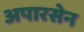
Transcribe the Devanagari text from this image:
अपारसेन